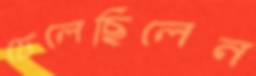
ঢেলেছিলেন